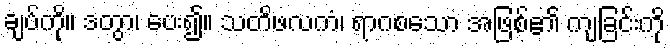
ချပ်ကို။ ဒတွာ၊ ပေး၍။ သတိဖလကံ၊ ရာဂစသော အဖြစ်၏ ကျခြင်းကို